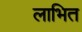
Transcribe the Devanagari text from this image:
लाभित